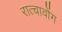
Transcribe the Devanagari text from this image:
रात्चावोंग